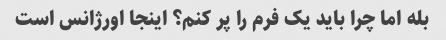
بله اما چرا باید یک فرم را پر کنم؟ اینجا اورژانس است